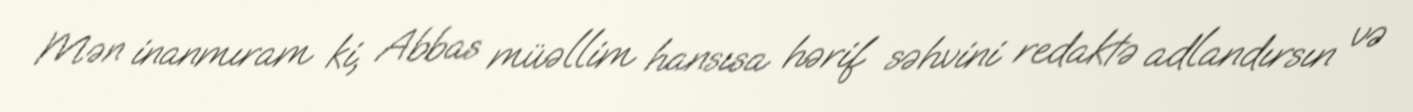
Mən inanmıram ki, Abbas müəllim hansısa hərif səhvini redaktə adlandırsın və